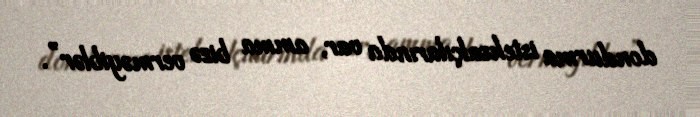
dondurma istehsalçılarında var, amma bizə verməyiblər”.